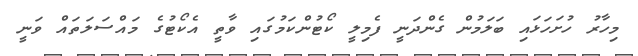
މިހާރު ހުށަހަޅައި ބަލަމުން ގެންދަނީ ފެމިލީ ކޯޓުންކަމުގައި ވާތީ އެކޯޓުގެ މައްސަލަތައް ވަނީ